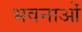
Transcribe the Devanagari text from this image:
भवनाओं